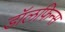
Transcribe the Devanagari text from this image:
डॉलफिन्स